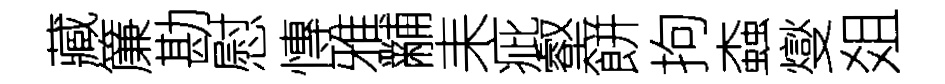
藏簾勘慰慱雅黼耒疵壑餅拘螙燮爼